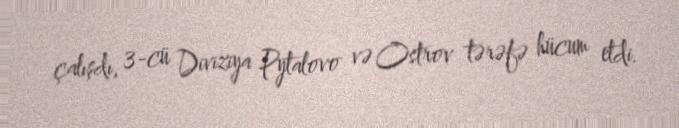
çalışdı, 3-cü Diviziya Pytalovo və Ostrov tərəfə hücum etdi.